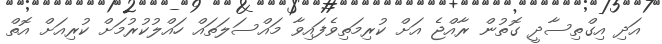
އަދި އިގްތިސާދީ ގޮތުން ރާއްޖެ އަށް ކުރިމަތިވެފައިވާ މައްސަލަތައް ހައްލުކުރުމަށް ކުރިއަށް އޮތް